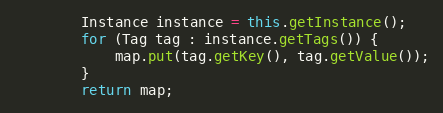
Language: Java
        Instance instance = this.getInstance();
        for (Tag tag : instance.getTags()) {
            map.put(tag.getKey(), tag.getValue());
        }
        return map;